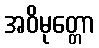
အဝိမုတ္တော